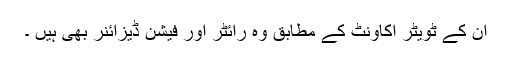
ان کے ٹویٹر اکاونٹ کے مطابق وہ رائٹر اور فیشن ڈیزائنر بھی ہیں ۔